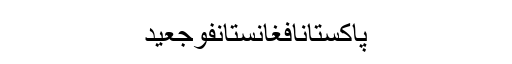
پاکستانافغانستانفوجعید